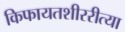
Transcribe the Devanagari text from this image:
किफायतशीररीत्या